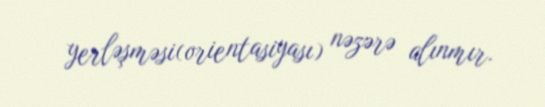
yerləşməsi(orientasiyası) nəzərə alınmır.